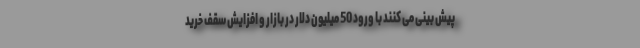
پیش بینی می کنند با ورود 50 میلیون دلار در بازار و افزایش سقف خرید